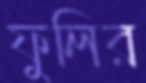
ফুলির